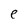
Character: e